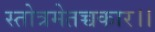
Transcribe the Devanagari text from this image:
स्तोत्रमेतच्चकार।।